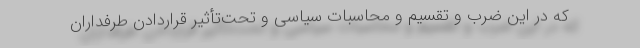
که در این ضرب و تقسیم و محاسبات سیاسی و تحت‌تأثیر قراردادن طرفداران‌